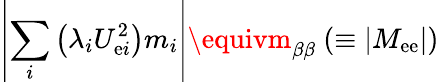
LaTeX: \left|\sum_{i}\left(\lambda_{i}U_{\mathrm{e}i}^{2}\right)m_{i}\right|\equivm_{\beta\beta}~(\equiv|M_{\mathrm{e}\mathrm{e}}|)